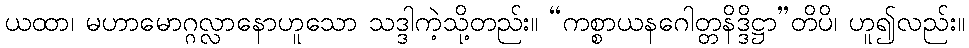
ယထာ၊ မဟာမောဂ္ဂလ္လာနောဟူသော သဒ္ဒါကဲ့သို့တည်း။ “ကစ္စာယနဂေါတ္တနိဒ္ဒိဋ္ဌာ”တိပိ၊ ဟူ၍လည်း။